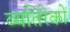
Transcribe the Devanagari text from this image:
व्यतिरेकों